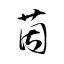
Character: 茵